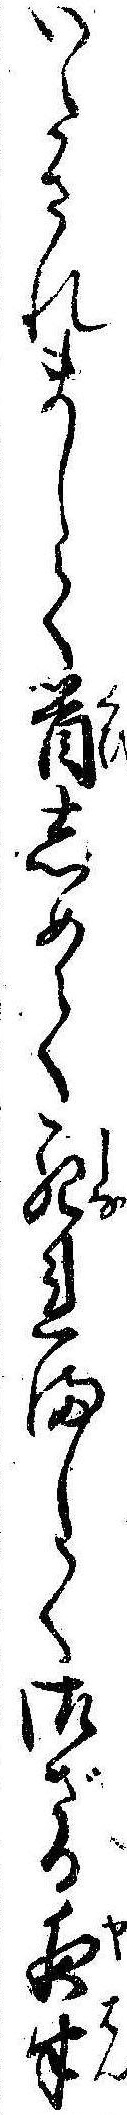
いたされまして首しめて死れまして御ざる夜半